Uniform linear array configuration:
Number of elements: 16
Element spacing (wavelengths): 1
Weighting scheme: uniform
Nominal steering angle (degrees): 30
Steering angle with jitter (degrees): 29.782
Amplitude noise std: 0.05
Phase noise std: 0.05

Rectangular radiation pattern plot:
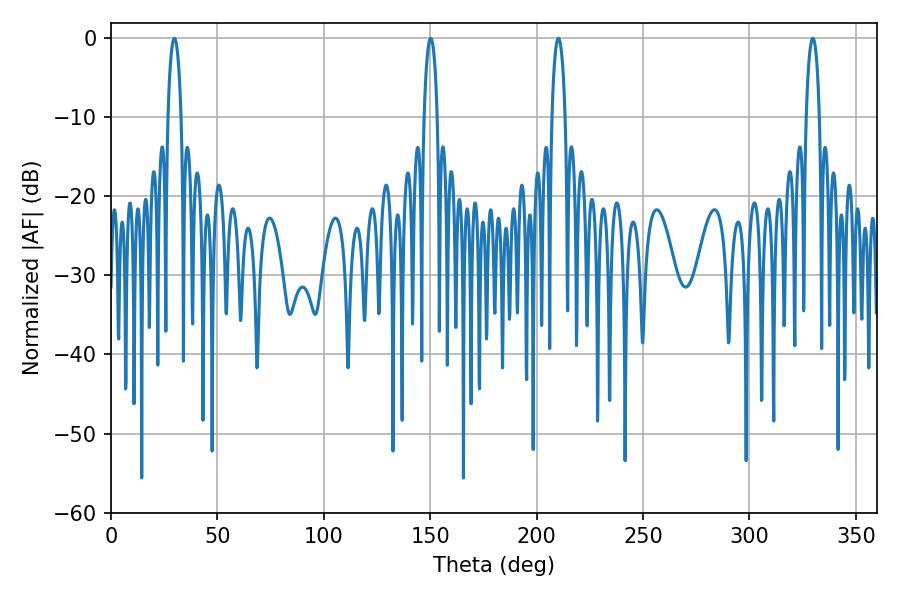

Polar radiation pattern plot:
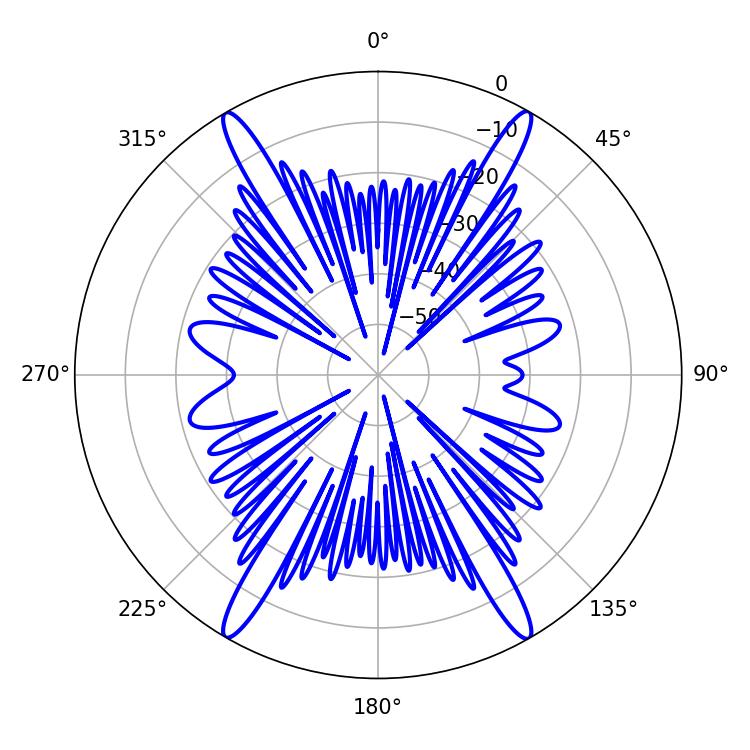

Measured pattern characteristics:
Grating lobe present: TRUE
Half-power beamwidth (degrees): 3.6
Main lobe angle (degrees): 210.24